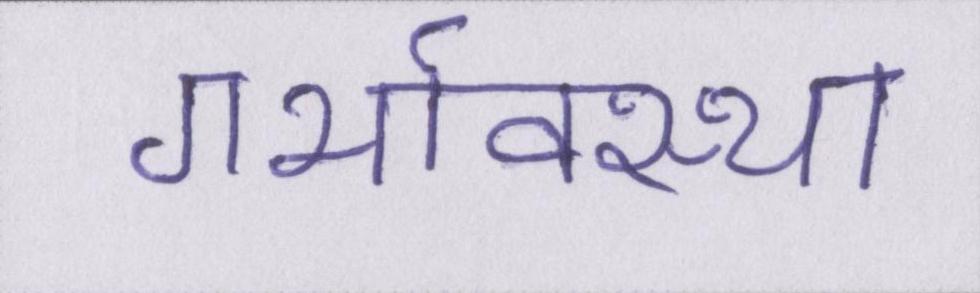
गर्भावस्था